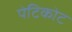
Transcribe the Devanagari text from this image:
पेटिकोट